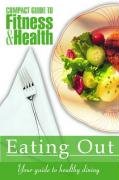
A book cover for Eating Out: Your Guide to Healthy Dining (Compact Guide to Fitness & Health); Health Clinic Mayo; Teen & Young Adult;